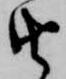
由